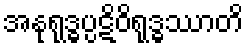
အနုရုဒ္ဓပ္ပဋိဝိရုဒ္ဓဿာတိ